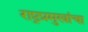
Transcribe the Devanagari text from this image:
राष्ट्रप्रमुखांचा